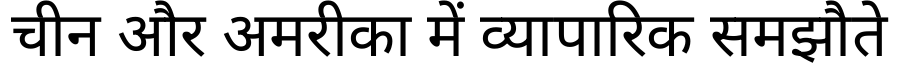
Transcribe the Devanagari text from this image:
चीन और अमरीका में व्यापारिक समझौते